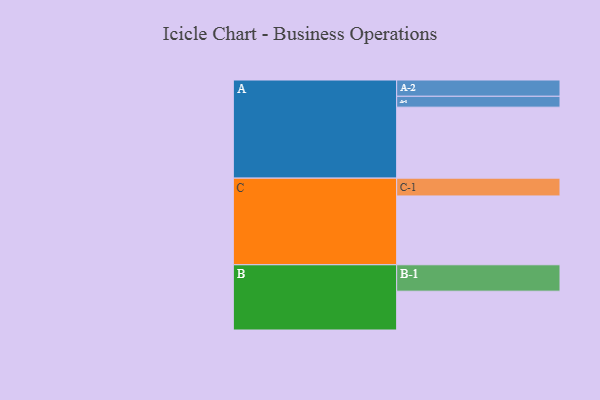
{"axis": {"x": "Segment", "y": "Value"}, "legend": ["", "A", "B", "C"], "data": [{"x": "A", "y": 554, "type": ""}, {"x": "B", "y": 303, "type": ""}, {"x": "C", "y": 537, "type": ""}, {"x": "A-1", "y": 85, "type": "A"}, {"x": "A-2", "y": 127, "type": "A"}, {"x": "B-1", "y": 206, "type": "B"}, {"x": "C-1", "y": 139, "type": "C"}]}